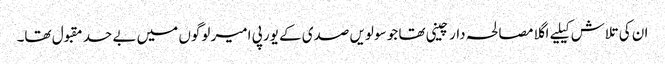
ان کی تلاش کیلیے اگلا مصالحہ دار چینی تھا جو سولویں صدی کے یورپی امیر لوگوں میں بے حد مقبول تھا۔